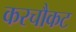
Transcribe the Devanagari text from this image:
करचौकट